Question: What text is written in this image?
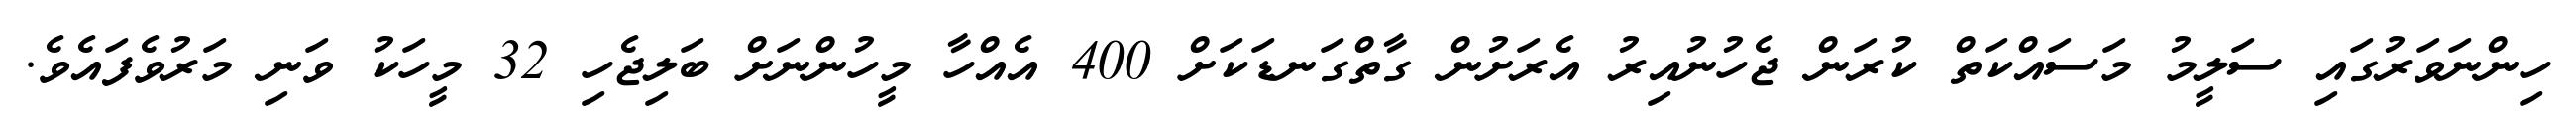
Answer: ހިންނަވަރުގައި ސަލީމު މަސައްކަތް ކުރަން ޖެހުނުއިރު އެރަށުން ގާތްގަނޑަކަށް 400 އެއްހާ މީހުންނަށް ބަލިޖެހި 32 މީހަކު ވަނި މަރުވެފައެވެ.